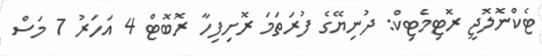
ޓެކްނޮލޮޖީ ރޮޓިމެޓިކް: ދުނިޔޭގެ ފުރަތަމަ ރޮށިފިހާ ރޮބޮޓް 4 އަހަރު 7 މަސް